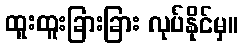
ထူးထူးခြားခြား လုပ်နိုင်မှ။